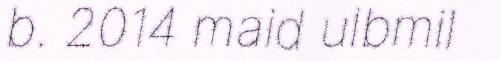
b. 2014 maid ulbmil